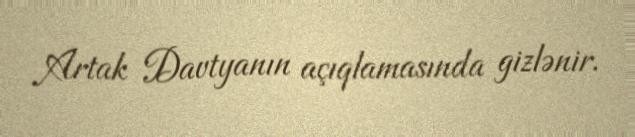
Artak Davtyanın açıqlamasında gizlənir.